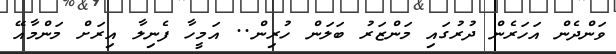
ވަންދެން އަހަރެން ދުރުގައި މަންޒަރު ބަލަން ހުރިން.. އަމީހާ ފެނިލާ އިރަށް މަންމާއޭ